Indian journal of veterinary science and animal husbandry - Volumes 24-25, 1954-1955
Year: 1954
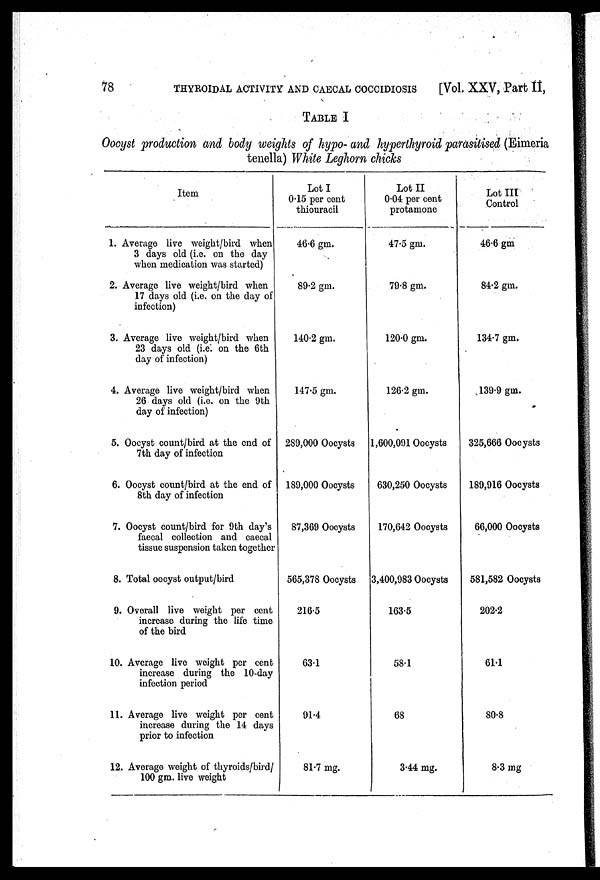
78 THYROIDAL ACTIVITY AND CAECAL COCCIDIOSIS [Vol. XXV, Part II,
TABLE I
Oocyst production and body weights of hypo- and hyperthyroid parasitised (Eimeria
tenella) White Leghorn chicks
Item
1. Average live weight/bird when
3 days old (i.e. on the day
when medication was started)
2. Average live weight/bird when
17 days old (i.e. on the day of
infection)
3. Average live weight/bird when
23 days old (i.e. on the 6th
day of infection)
4. Average live weight/bird when
26 days old (i.e. on the 9th
day of infection)
5. Oocyst count/bird at the end of
7th day of infection
6. Oocyst count/bird at the end of
8th day of infection
7. Oocyst count/bird for 9th day's
faecal collection and caecal
tissue suspension taken together
8. Total oocyst output/bird
9. Overall live weight per cent
increase during the life time
of the bird
10. Average live weight per cent
increase during the 10-day
infection period
11. Average live weight per cent
increase during the 14 days
prior to infection
12. Average weight of thyroids/bird/
100 gm. live weight
Lot I
0.15 per cent
thiouracil
46.6 gm.
89.2 gm.
140.2 gm.
147.5 gm.
289,000 Oocysts
189,000 Oocysts
87,369 Oocysts
565,378 Oocysts
216.5
63.1
91.4
81.7 mg.
Lot II
0.04 per cent
protamone
47.5 gm.
79.8 gm.
120.0 gm.
126.2 gm.
1,600,091 Oocysts
630,250 Oocysts
170,642 Oocysts
3,400,983 Oocysts
163.5
58.1
68
3.44 mg.
Lot III
Control
46.6 gm
84.2 gm.
134.7 gm.
139.9 gm.
325,666 Oocysts
189,916 Oocysts
66,000 Oocysts
581,582 Oocysts
202.2
61.1
80.8
8.3 mg